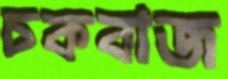
চকবাজ